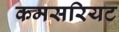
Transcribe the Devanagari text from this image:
कमसरियट